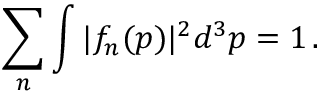
\sum _ { n } \int | f _ { n } ( \boldsymbol { p } ) | ^ { 2 } d ^ { 3 } \boldsymbol { p } = 1 \, .